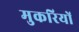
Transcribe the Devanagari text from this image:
मुकरियों